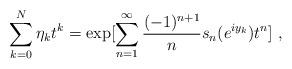
LaTeX: \begin{align*}\sum_{k=0}^{N}\eta_{k}t^{k} =\exp[\sum_{n=1}^{\infty}\frac{(-1)^{n+1}}{n}s_{n}(e^{i y_{k}})t^{n}]\ ,\end{align*}